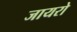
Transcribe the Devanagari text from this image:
जायरो